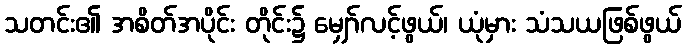
သတင်း၏ အစိတ်အပိုင်း တိုင်း၌ မျှော်လင့်ဖွယ်၊ ယုံမှား သံသယဖြစ်ဖွယ်